Scottish Leaving Certificate Examination, 1954
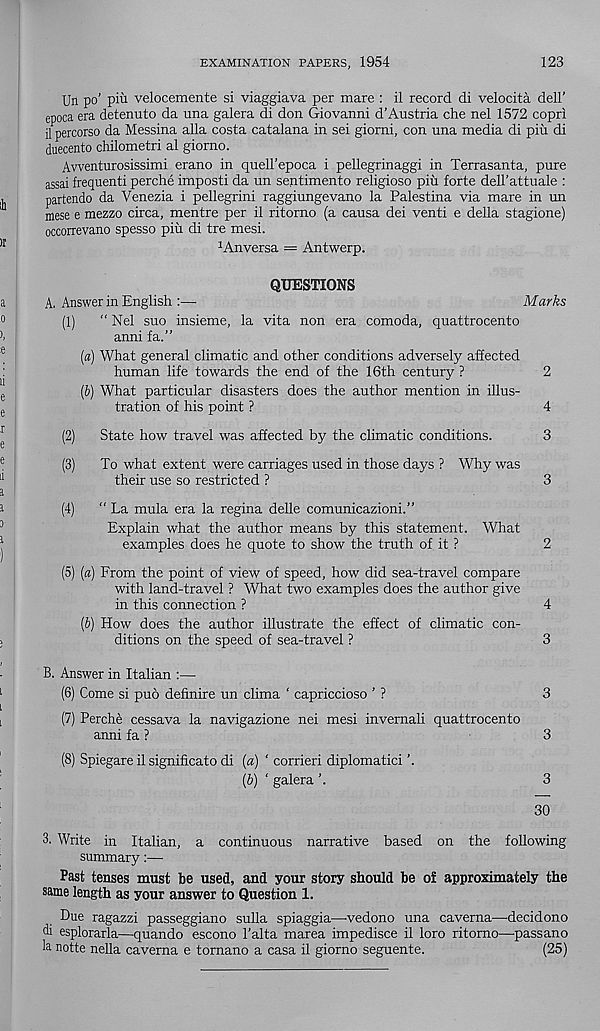
EXAMINATION PAPERS, 1954
123
Un po’ piu velocemente si viaggiava per mare : il record di velocita dell’
epoca era detenuto da una galera di don Giovanni d’Austria che nel 1572 copri
il percorso da Messina alia costa catalana in sei giorni, con una media di piu di
duecento chilometri al giorno.
Awenturosissimi erano in quell’epoca i pellegrinaggi in Terrasanta, pure
assai frequenti perche imposti da un sentimento religioso piu forte dell’attuale :
partendo da Venezia i pellegrini raggiungevano la Palestina via mare in un
mese e mezzo circa, mentre per il ritorno (a causa dei venti e della stagione)
occorrevano spesso piu di tre mesi.
1 Anversa = Antwerp.
QUESTIONS
A. Answer in English :—
Marks
(1)
“ Nel suo insieme, la vita non era comoda, quattrocento
anni fa.”
[a) What general climatic and other conditions adversely affected
human life towards the end of the 16th century ?
2
(6) What particular disasters does the author mention in illus-
tration of his point ?
4
(2)
State how travel was affected by the climatic conditions.
3
(3)
To what extent were carriages used in those days ? Why was
their use so restricted ?
3
(4)
“ La mula era la regina delle comunicazioni.”
Explain what the author means by this statement. What
examples does he quote to show the truth of it ?
2
(5) (a) From the point of view of speed, how did sea-travel compare
with land-travel ? What two examples does the author give
in this connection ?
4
(b) How does the author illustrate the effect of climatic con-
ditions on the speed of sea-travel ?
3
B. Answer in Italian :—
(6) Come si pub definire un clima ‘ capriccioso ’ ?
3
(7) Perche cessava la navigazione nei mesi invernali quattrocento
anni fa ?
3
(8) Spiegare il significato di (a) ‘ corrieri diplomatici ’.
(b) ‘ galera ’.
3
30
3. Write in Italian, a continuous narrative based on the following
summary:—■
Past tenses must be used, and your story should be of approximately the
same length as your answer to Question 1.
Due ragazzi passeggiano sulla spiaggia—-vedono una caverna—decidono
di esplorarla—quando escono 1’alta marea impedisce il loro ritorno—passano
la notte nella caverna e tornano a casa il giorno seguente.
(25)